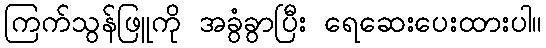
ကြက်သွန်ဖြူကို အခွံခွာပြီး ရေဆေးပေးထားပါ။